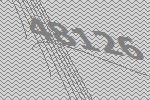
48126